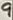
Text: 9